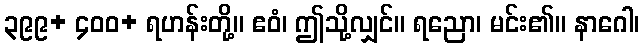
၃၉၉+ ၄၀၀+ ရဟန်းတို့။ ဧဝံ၊ ဤသို့လျှင်။ ရညော၊ မင်း၏။ နာဂေါ၊